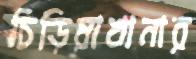
চিড়িয়াখানার